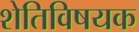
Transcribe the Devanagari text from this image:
शेतिविषयक